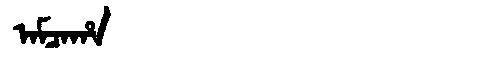
Manchu: ᠠᠮᠴᠠᡥᠠ
Romanization: AMCAHA